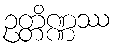
ဥတ္တိဏ္ဏဿ